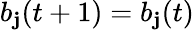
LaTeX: b_{\mathbf{j}}(t+1)=b_{\mathbf{j}}(t)